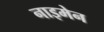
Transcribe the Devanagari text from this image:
नाइमेन